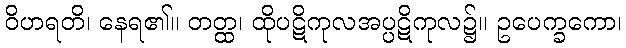
ဝိဟရတိ၊ နေရ၏။ တတ္ထ၊ ထိုပဋိကုလအပ္ပဋိကုလ၌။ ဥပေက္ခကော၊